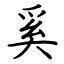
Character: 奚